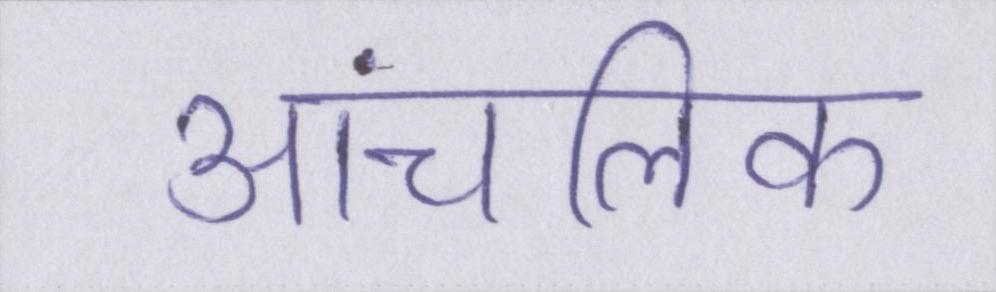
आंचलिक